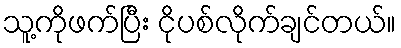
သူ့ကိုဖက်ပြီး ငိုပစ်လိုက်ချင်တယ်။